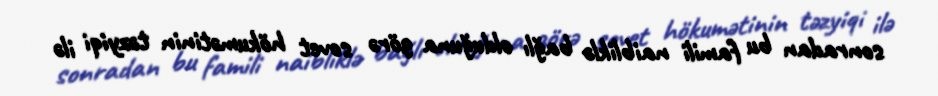
sonradan bu famili naibliklə bağlı olduğuna görə sovet hökumətinin təzyiqi ilə